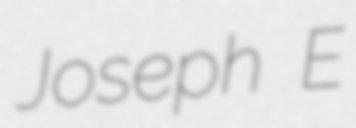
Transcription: Joseph E